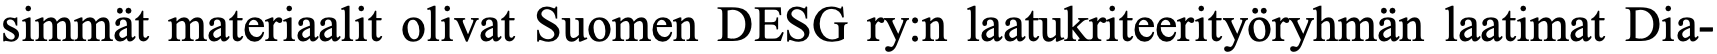
simmät materiaalit olivat Suomen DESG ry:n laatukriteerityöryhmän laatimat Dia-